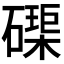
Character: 𮁊